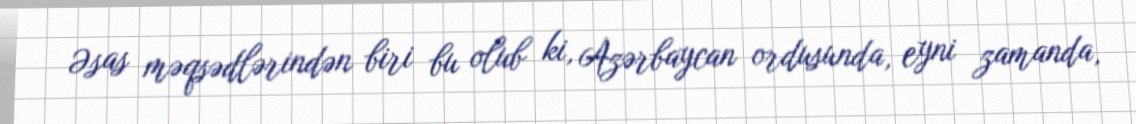
Əsas məqsədlərindən biri bu olub ki, Azərbaycan ordusunda, eyni zamanda,